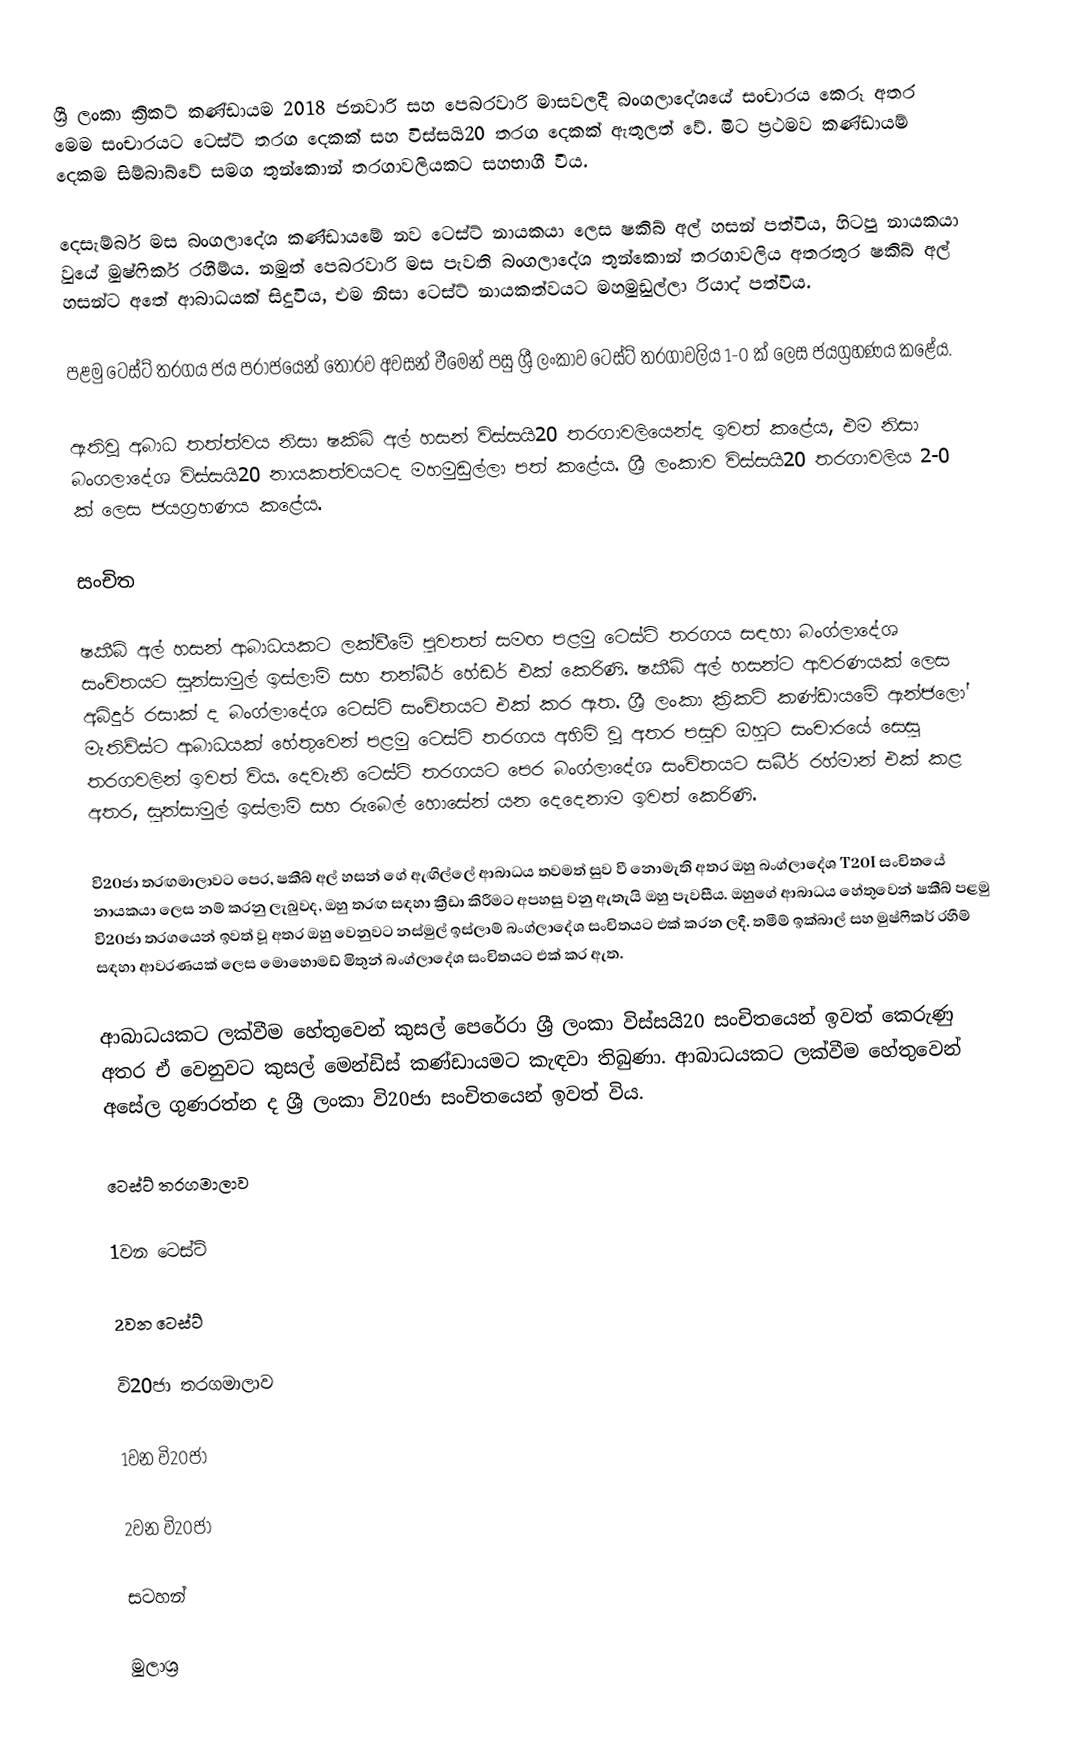
ශ්‍රී ලංකා ක්‍රිකට් කණ්ඩායම 2018 ජනවාරි සහ පෙබරවාරි මාසවලදී බංගලාදේශයේ සංචාරය කෙරූ අතර මෙම සංචාරයට ටෙස්ට් තරග දෙකක් සහ විස්සයි20 තරග දෙකක් ඇතුලත් වේ. මිට ප්‍රථමව කණ්ඩායම් දෙකම සිම්බාබ්වේ සමග තුන්කොන් තරගාවලියකට සහභාගී වීය.

දෙසැම්බර් මස බංගලාදේශ කණ්ඩායමේ නව ටෙස්ට් නායකයා ලෙස ෂකිබ් අල් හසන් පත්විය, හිටපු නායකයා වුයේ මුෂ්ෆිකර් රහීම්ය. නමුත් පෙබරවාරි මස පැවති බංගලාදේශ තුන්කොන් තරගාවලිය අතරතුර ෂකිබ් අල් හසන්ට අතේ ආබාධයක් සිදුවිය, එම නිසා ටෙස්ට් නායකත්වයට මහමුඩුල්ලා රියාද් පත්විය.

පළමු ටෙස්ට් තරගය ජය පරාජයෙන් තොරව අවසන් වීමෙන් පසු ශ්‍රී ලංකාව ටෙස්ට් තරගාවලිය 1-0 ක් ලෙස ජයග්‍රහණය කළේය.

ඇතිවූ අබාධ තත්ත්වය නිසා ෂකිබ් අල් හසන් විස්සයි20 තරගාවලියෙන්ද ඉවත් කළේය, එම නිසා බංගලාදේශ විස්සයි20 නායකත්වයටද මහමුඩුල්ලා පත් කළේය. ශ්‍රී ලංකාව විස්සයි20 තරගාවලිය 2-0 ක් ලෙස ජයග්‍රහණය කළේය.

සංචිත

ෂකීබ් අල් හසන් ආබාධයකට ලක්වීමේ පුවතත් සමඟ පළමු ටෙස්ට් තරගය සඳහා බංග්ලාදේශ සංචිතයට සුන්සාමුල් ඉස්ලාම් සහ තන්බීර් හේඩර් එක් කෙරිණි. ෂකීබ් අල් හසන්ට ආවරණයක් ලෙස අබ්දුර් රසාක් ද බංග්ලාදේශ ටෙස්ට් සංචිතයට එක් කර ඇත. ශ්‍රී ලංකා ක්‍රිකට් කණ්ඩායමේ ඇන්ජලෝ මැතිව්ස්ට ආබාධයක් හේතුවෙන් පළමු ටෙස්ට් තරගය අහිමි වූ අතර පසුව ඔහුට සංචාරයේ සෙසු තරගවලින් ඉවත් විය. දෙවැනි ටෙස්ට් තරගයට පෙර බංග්ලාදේශ සංචිතයට සබීර් රහ්මාන් එක් කළ අතර, සුන්සාමුල් ඉස්ලාම් සහ රුබෙල් හොසේන් යන දෙදෙනාම ඉවත් කෙරිණි.

වි20ජා තරඟමාලාවට පෙර, ෂකීබ් අල් හසන් ගේ ඇඟිල්ලේ ආබාධය තවමත් සුව වී නොමැති අතර ඔහු බංග්ලාදේශ T20I සංචිතයේ නායකයා ලෙස නම් කරනු ලැබුවද, ඔහු තරඟ සඳහා ක්‍රීඩා කිරීමට අපහසු වනු ඇතැයි ඔහු පැවසීය. ඔහුගේ ආබාධය හේතුවෙන් ෂකීබ් පළමු වි20ජා තරගයෙන් ඉවත් වූ අතර ඔහු වෙනුවට නස්මුල් ඉස්ලාම් බංග්ලාදේශ සංචිතයට එක් කරන ලදී. තමීම් ඉක්බාල් සහ මුෂ්ෆිකර් රහීම් සඳහා ආවරණයක් ලෙස මොහොමඩ් මිතුන් බංග්ලාදේශ සංචිතයට එක් කර ඇත.

ආබාධයකට ලක්වීම හේතුවෙන් කුසල් පෙරේරා ශ්‍රී ලංකා විස්සයි20 සංචිතයෙන් ඉවත් කෙරුණු අතර ඒ වෙනුවට කුසල් මෙන්ඩිස් කණ්ඩායමට කැඳවා තිබුණා. ආබාධයකට ලක්වීම හේතුවෙන් අසේල ගුණරත්න ද ශ්‍රී ලංකා වි20ජා සංචිතයෙන් ඉවත් විය.

ටෙස්ට් තරගමාලාව

1වන ටෙස්ට්

2වන ටෙස්ට්

වි20ජා තරගමාලාව

1වන වි20ජා

2වන වි20ජා

සටහන්

මුලාශ්‍ර